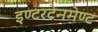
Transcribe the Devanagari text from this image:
इण्टरटेनमेण्ट